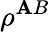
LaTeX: \rho^{\mathbf{A}B}